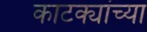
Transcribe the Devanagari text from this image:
काटक्यांच्या